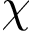
\chi